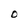
Character: O